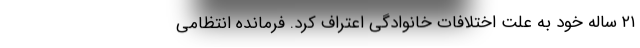
۲۱ ساله خود به علت اختلافات خانوادگی اعتراف کرد. فرمانده انتظامی